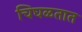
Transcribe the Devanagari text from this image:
चिघळतात